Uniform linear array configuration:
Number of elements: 24
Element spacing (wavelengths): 0.75
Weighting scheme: hamming
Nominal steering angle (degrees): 15
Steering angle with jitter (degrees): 15.34
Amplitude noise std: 0.05
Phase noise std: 0.05

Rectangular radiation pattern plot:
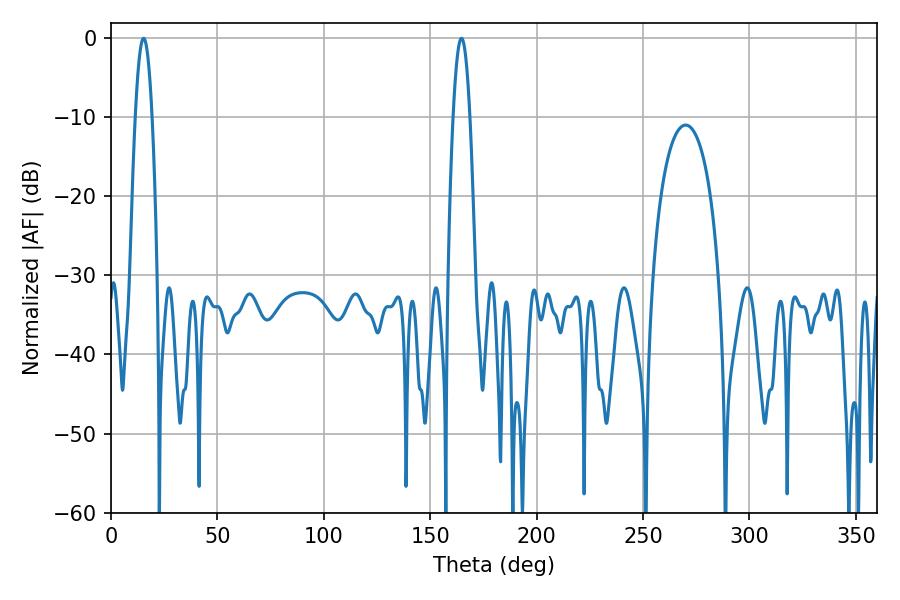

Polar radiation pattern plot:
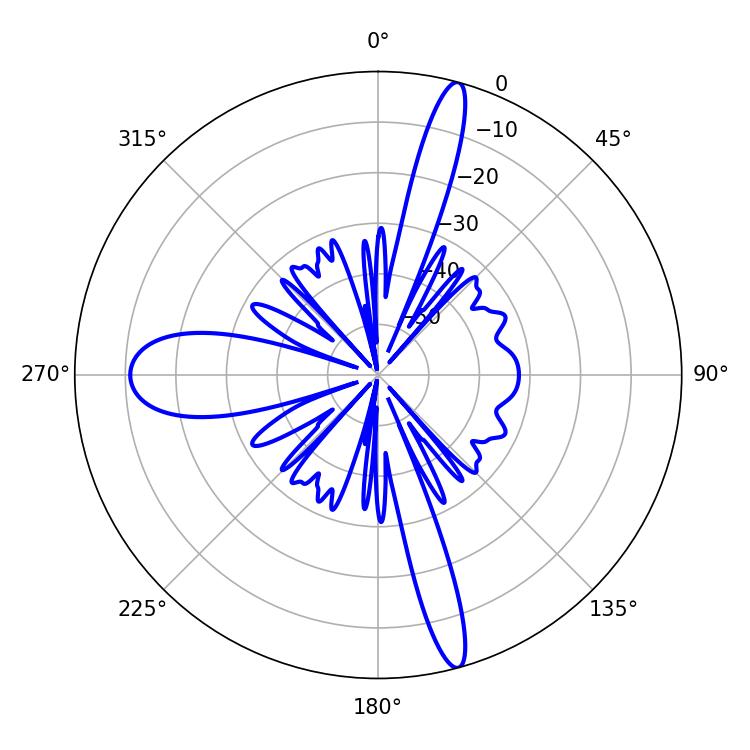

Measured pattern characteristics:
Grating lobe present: TRUE
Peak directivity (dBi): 19.359
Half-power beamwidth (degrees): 4.32
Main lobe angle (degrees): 15.3